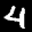
Label: 4